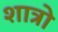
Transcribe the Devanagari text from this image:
शात्रो